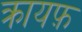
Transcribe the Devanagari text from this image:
क्रायफ़